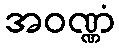
အဝဏ္ဏံ